Annual report of the Punjab Veterinary College and of the Civil Veterinary Department, Punjab - 1909-1919
Year: 1909
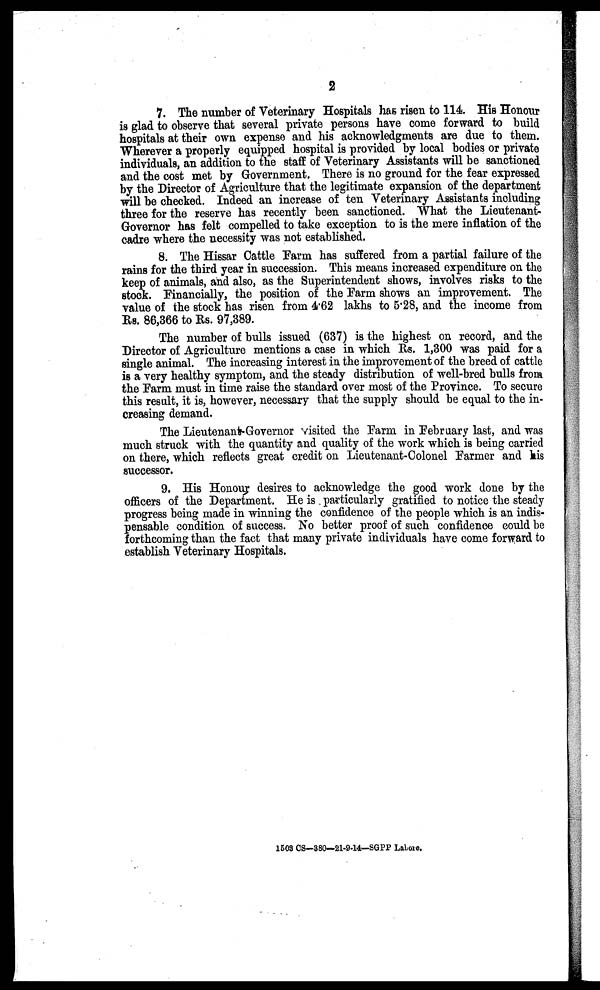
2
7. The number of Veterinary Hospitals has risen to 114. His Honour
is glad to observe that several private persons have come forward to build
hospitals at their own expense and his acknowledgments are due to them.
Wherever a properly equipped hospital is provided by local bodies or private
individuals, an addition to the staff of Veterinary Assistants will be sanctioned
and the cost met by Government. There is no ground for the fear expressed
by the Director of Agriculture that the legitimate expansion of the department
will be checked. Indeed an increase of ten Veterinary Assistants including
three for the reserve has recently been sanctioned. What the Lieutenant-
Governor has felt compelled to take exception to is the mere inflation of the
cadre where the necessity was not established.
8. The Hissar Cattle Farm has suffered from a partial failure of the
rains for the third year in succession. This means increased expenditure on the
keep of animals, and also, as the Superintendent shows, involves risks to the
stock. Financially, the position of the Farm shows an improvement. The
value of the stock has risen from 4.62 lakhs to 5.28, and the income from
Rs. 86,366 to Rs. 97,389.
The number of bulls issued (637) is the highest on record, and the
Director of Agriculture mentions a case in which Rs. 1,300 was paid for a
single animal. The increasing interest in the improvement of the breed of cattle
is a very healthy symptom, and the steady distribution of well-bred bulls from
the Farm must in time raise the standard over most of the Province. To secure
this result, it is, however, necessary that the supply should be equal to the in-
creasing demand.
The Lieutenant-Governor visited the Farm in February last, and was
much struck with the quantity and quality of the work which is being carried
on there, which reflects great credit on Lieutenant-Colonel Farmer and his
successor.
9. His Honour desires to acknowledge the good work done by the
officers of the Department. He is particularly gratified to notice the steady
progress being made in winning the confidence of the people which is an indis-
pensable condition of success. No better proof of such confidence could be
forthcoming than the fact that many private individuals have come forward to
establish Veterinary Hospitals.
1508 CS—380—21-9-14—SGPP Lahore.